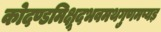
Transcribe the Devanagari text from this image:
कोदण्डमिक्षूदभवमथगुणमप्यड़